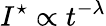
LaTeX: I^{\star}\propto t^{-\lambda}